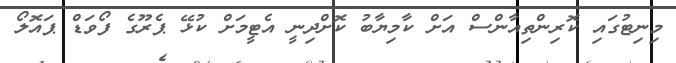
މިނިޓުގައި ކޮރިންތިއާންސް އަށް ކާމިޔާބު ކޮށްދިނީ އެޓީމަށް ކުޅޭ ޕެރޫގެ ފޯވަޑް ޕައޮލޯ